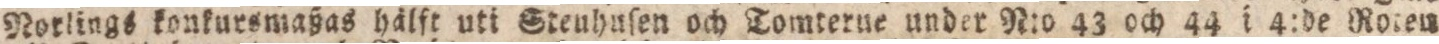
Norlings konkursmaßas hälft uti Steuhuſen och Tomterue under N:o 43 och 44 i 4:de Roten